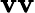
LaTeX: \mathbf{v}\mathbf{v}